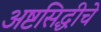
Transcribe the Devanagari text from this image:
अष्टसिद्धीचे